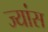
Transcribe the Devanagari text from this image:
ज्यांस